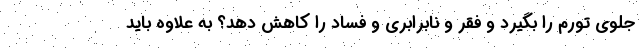
جلوی تورم را بگیرد و فقر و نابرابری و فساد را کاهش دهد؟ به علاوه باید